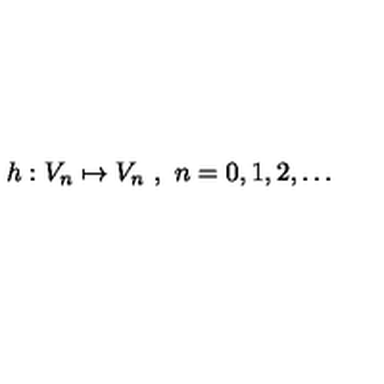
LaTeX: h : V _ { n } \mapsto V _ { n } \ , \ n = 0 , 1 , 2 , \ldots